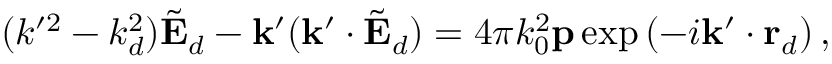
( k ^ { \prime 2 } - k _ { d } ^ { 2 } ) \tilde { \mathbf { E } } _ { d } - \mathbf { k } ^ { \prime } ( \mathbf { k } ^ { \prime } \cdot \tilde { \mathbf { E } } _ { d } ) = 4 \pi k _ { 0 } ^ { 2 } \mathbf { p } \exp \left( - i \mathbf { k } ^ { \prime } \cdot \mathbf { r } _ { d } \right) ,